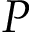
P